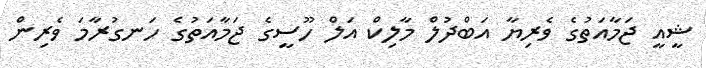
ޝީއީ ޖަމާއަތުގެ ވެރިޔާ އަބްދުލް މާލިކް އަލް ހޫސީގެ ޖަމާއަތުގެ ހަނގުރާމަ ވެރިން